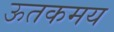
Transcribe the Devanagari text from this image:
ऊतकमय